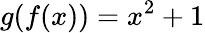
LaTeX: g(f(x))=x^{2}+1